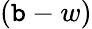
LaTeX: (\mathtt{b}-w)